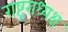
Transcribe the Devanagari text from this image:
राष्ट्रराध्यक्ष